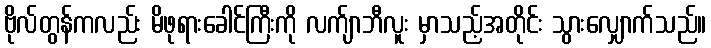
ဗိုလ်တွန်ကလည်း မိဖုရားခေါင်ကြီးကို လက်ျာဘီလူး မှာသည့်အတိုင်း သွားလျှောက်သည်။